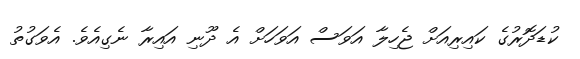
ކުޑަދޮރުގެ ކައިރިއަށް ޖެހިލާ އަވަސް އަވަހަށް އެ ދޫނި އައިރާ ނެގިއެވެ. އެވަގުތު